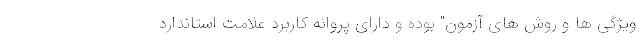
ویژگی ها و روش های آزمون" بوده و دارای پروانه کاربرد علامت استاندارد